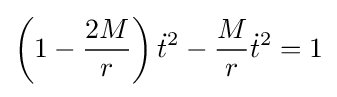
\left(1-{\frac {2M}{r}}\right){\dot {t}}^{2}-{\frac {M}{r}}{\dot {t}}^{2}=1